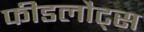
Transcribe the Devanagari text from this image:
फीडलौट्स